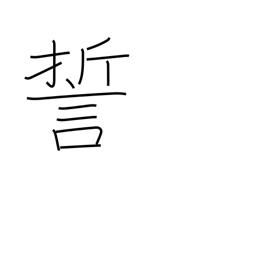
Meaning: swear